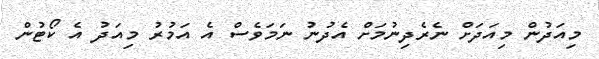
މިއަދުން މިއަދަށް ނެރެދިނުމަށް އެދުނު ނަމަވެސް އެ އަމުރު މިއަދު އެ ކޯޓުން